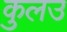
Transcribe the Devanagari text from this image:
कुलउ